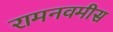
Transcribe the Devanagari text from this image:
रामनवमीस